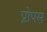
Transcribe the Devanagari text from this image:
प्रोपस